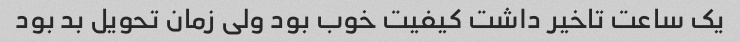
یک ساعت تاخیر داشت کیفیت خوب بود ولی زمان تحویل بد بود